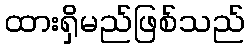
ထားရှိမည်ဖြစ်သည်